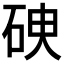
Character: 𥑷